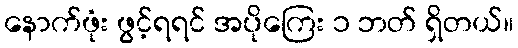
နောက်ဖုံး ဖွင့်ရရင် အပိုကြေး ၁ ဘတ် ရှိတယ်။